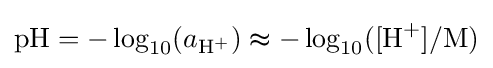
{\mathrm {pH} }=-\log _{10}(a_{\mathrm {H} {\vphantom {A}}^{+}})\thickapprox -\log _{10}([{\mathrm {H} {\vphantom {A}}^{+}}]/{\text{M}})